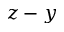
z - y